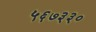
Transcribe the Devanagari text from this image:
५६७३३०